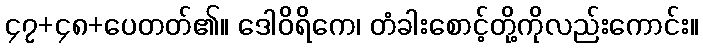
၄၇+၄၈+ပေတတ်၏။ ဒေါဝိရိကေ၊ တံခါးစောင့်တို့ကိုလည်းကောင်း။